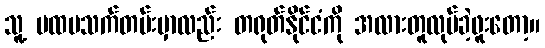
သူ့ ပထမသက်တမ်းမှာလည်း တရုတ်နိုင်ငံကို အလားတူလုပ်ခဲ့ဖူးတော့။